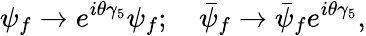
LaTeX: \psi_{f}\rightarrow e^{i\theta\gamma_{5}}\psi_{f};\ \ \ \ \bar{\psi}_{f}\rightarrow\bar{\psi}_{f}e^{i\theta\gamma_{5}},